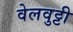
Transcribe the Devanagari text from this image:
वेलवुट्टी